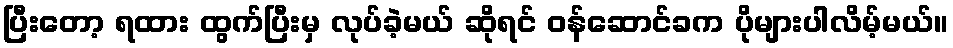
ပြီးတော့ ရထား ထွက်ပြီးမှ လုပ်ခဲ့မယ် ဆိုရင် ဝန်ဆောင်ခက ပိုများပါလိမ့်မယ်။